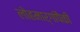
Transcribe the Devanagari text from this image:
लोहमार्गांपैकी